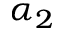
\alpha _ { 2 }